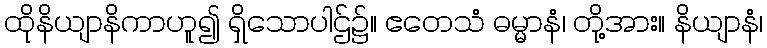
ထိုနိယျာနိကာဟူ၍ ရှိသောပါဌ်၌။ ဧတေသံ ဓမ္မာနံ၊ တို့အား။ နိယျာနံ၊